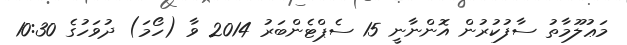
މަޢުލޫމާތު ސާފުކުރުން އޮންނާނީ 15 ސެޕްޓެންބަރު 2014 ވާ (ހޯމަ) ދުވަހުގެ 10:30